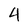
Character: 4